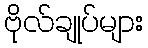
ဗိုလ်ချုပ်များ